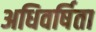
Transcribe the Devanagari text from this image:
अधिवर्षिता